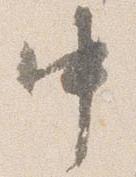
中